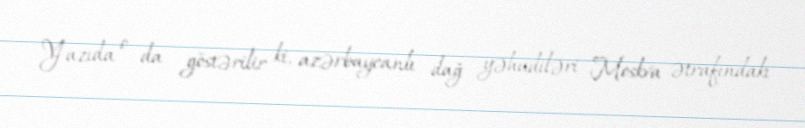
Yazıda o da göstərilir ki, azərbaycanlı dağ yəhudiləri Moskva ətrafındakı